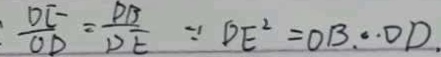
\frac { D E } { O D } = \frac { D B } { D E } \because D E ^ { 2 } = O B \cdot O D .